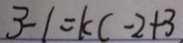
3 - 1 = k c - 2 + 3